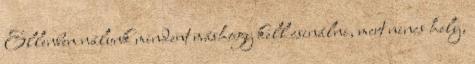
Ellenben nálunk mindent máshogy kell csinálni, mert nincs hely,